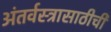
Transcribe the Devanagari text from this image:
अंतर्वस्त्रासाठीची